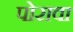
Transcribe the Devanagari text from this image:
पोरावा